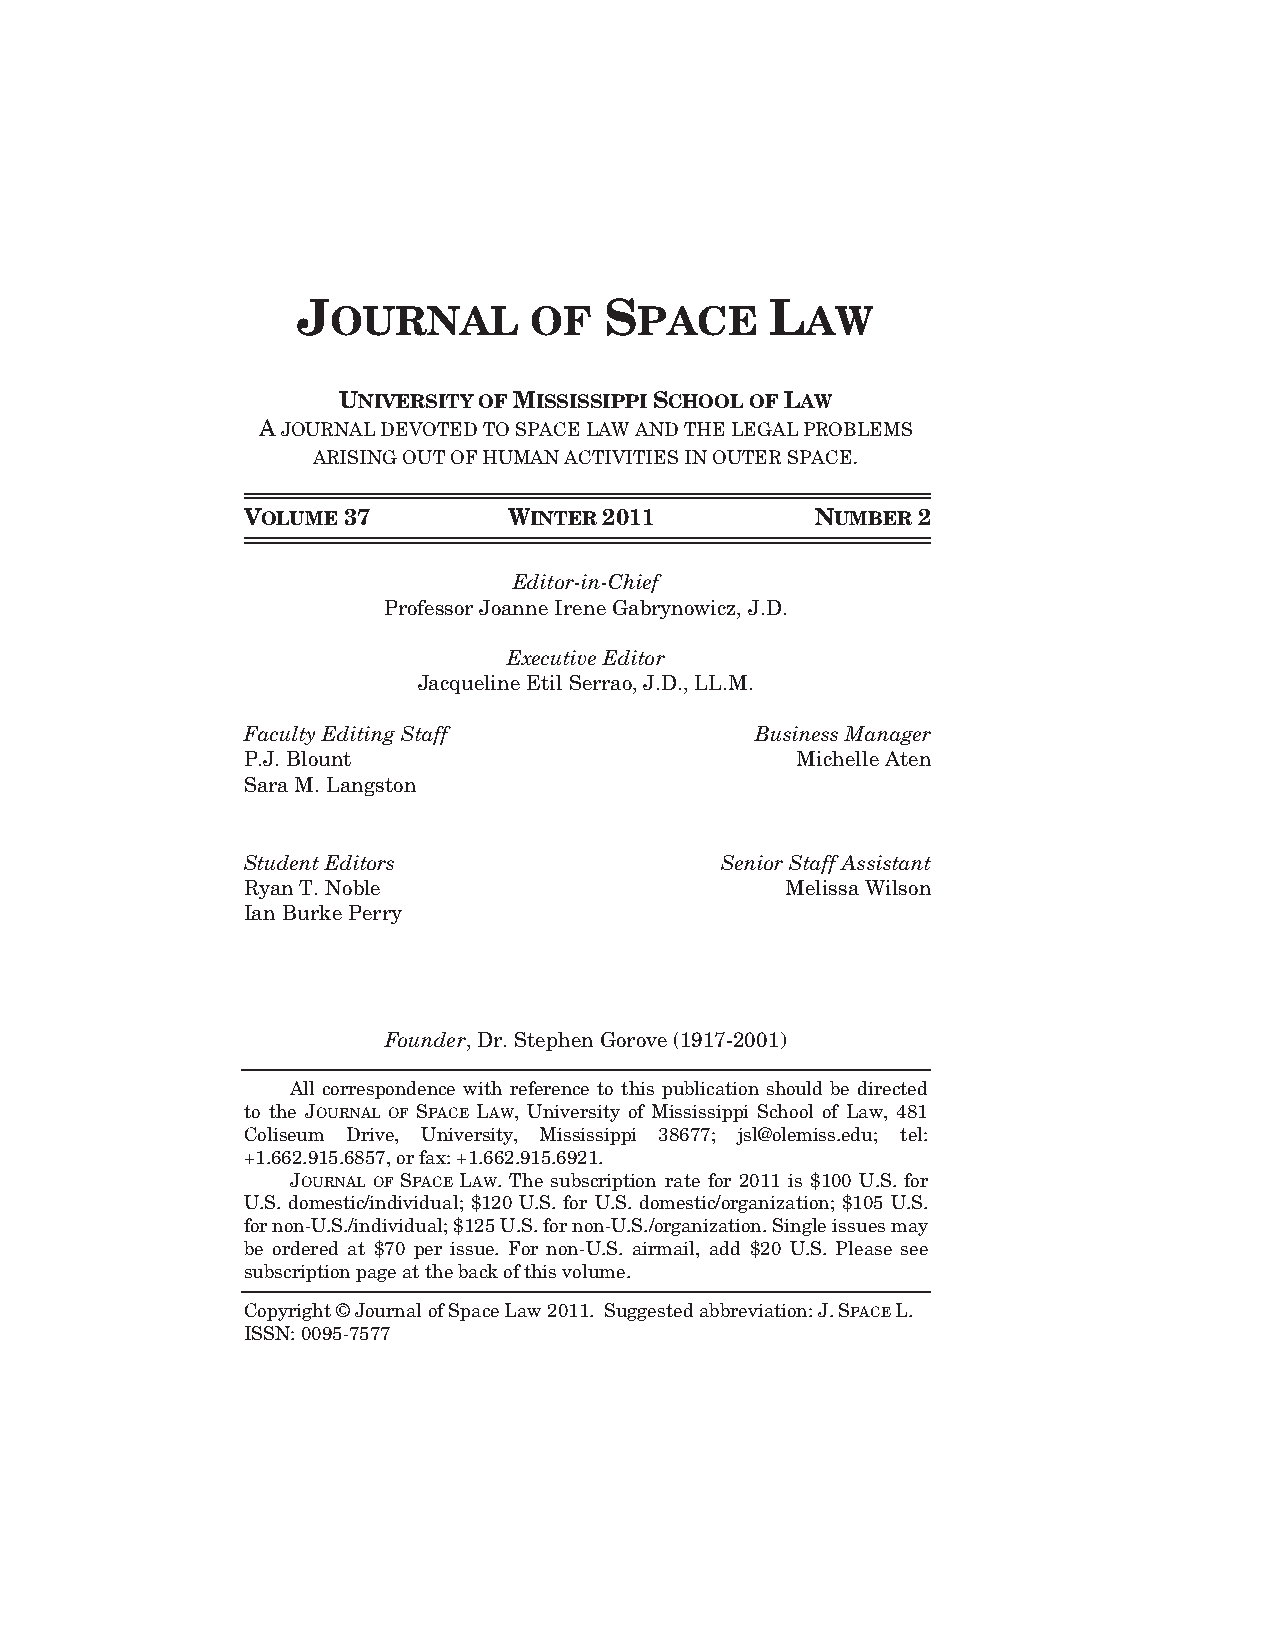
J                   S          L
 OURNAL       OF     PACE       AW
 UNIVERSITY OF MISSISSIPPI SCHOOL OF LAW
 A JOURNAL DEVOTED TO SPACE LAW AND THE LEGAL PROBLEMS
 ARISING OUT OF HUMAN ACTIVITIES IN OUTER SPACE.
 VOLUME 37         WINTER2011          NUMBER 2
 Editor-in-Chief
 Professor Joanne Irene Gabrynowicz, J.D.
 Executive Editor
 Jacqueline Etil Serrao, J.D., LL.M.
 Faculty Editing Staff             Business Manager
 P.J. Blount                          Michelle Aten
 Sara M. Langston
 Student Editors                 Senior Staff Assistant
 Ryan T. Noble                       Melissa Wilson
 Ian Burke Perry
 Founder, Dr. Stephen Gorove (1917-2001)
 All correspondence with reference to this publication should be directed
 to the JOURNAL OF SPACE LAW, University of Mississippi School of Law, 481
 Coliseum Drive, University, Mississippi 38677; jsl@olemiss.edu; tel:
 +1.662.915.6857, or fax: +1.662.915.6921.
 JOURNAL OF SPACE LAW. The subscription rate for 2011 is $100 U.S. for
 U.S. domestic/individual; $120 U.S. for U.S. domestic/organization; $105 U.S.
 for non-U.S./individual; $125 U.S. for non-U.S./organization. Single issues may
 be ordered at $70 per issue. For non-U.S. airmail, add $20 U.S. Please see
 subscription page at the back of this volume.
 Copyright © Journal of Space Law 2011. Suggested abbreviation: J.SPACEL.
 ISSN: 0095-7577